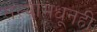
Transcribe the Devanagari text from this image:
संस्थांमधूनही